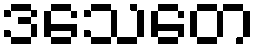
ဒသေတေ